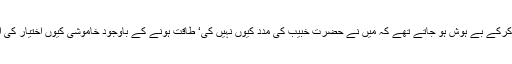
ایک حضرت سعید بن عامر ؓ تھے جو حضرت خبیب کے واقع اور منظر کو یاد کرکے بے ہوش ہو جاتے تھے کہ میں نے حضرت خبیبؓ کی مدد کیوں نہیں کی‘ طاقت ہونے کے باوجود خاموشی کیوں اختیار کی اور یہ سوچ کر کہ روز محشر اللہ کو کیا جواب دوں گا‘ بے ہوش ہوجاتے تھے۔